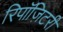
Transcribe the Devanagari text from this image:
रिपॉज़िटरी